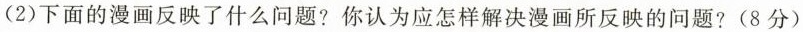
(2)下面的漫画反映了什么问题?你认为应怎样解决漫画所反映的问题?(8分)